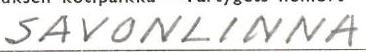
SAVONLINNA